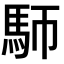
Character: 𩡸